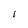
Character: 1